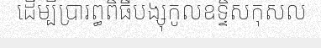
ដើម្បីប្រារព្ធពិធីបង្សុកូលឧទ្ទិសកុសល